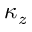
\kappa _ { z }